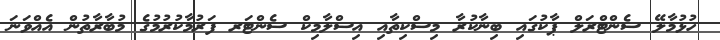
ހުޅުމާލޭ ސެންޓްރަލް ޕާކުގައި ބިނާކުރާ މިސްކިތާއި އިސްލާމިކް ސެންޓަރ ފަރުމާކުރުމުގެ މުބާރާތުން އެއްވަނަ